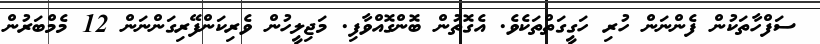
ސަފްހާތަކުުން ފެންނަން ހުރި ހަގީގަތްތަކެވެ. އެގޮތުން ބޮންގޮއްވާފި. މަޖިލީހުން ވެރިކަންފޭރިގަންނަން 12 މެމްބަރުން